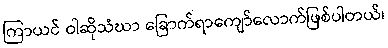
ကြာယင် ဝါဆိုသံဃာ ခြောက်ရာကျော်လောက်ဖြစ်ပါတယ်၊